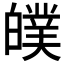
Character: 𤾣